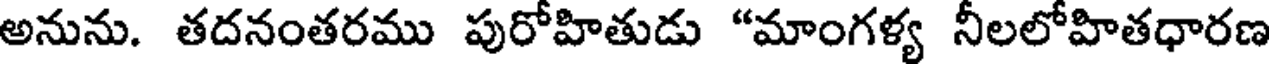
అనును. తదనంతరము పురోహితుడు "మాంగళ్య నీలలోహితధారణ